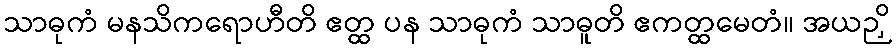
သာဓုကံ မနသိကရောဟီတိ ဧတ္ထ ပန သာဓုကံ သာဓူတိ ဧကတ္ထမေတံ။ အယဉှိ